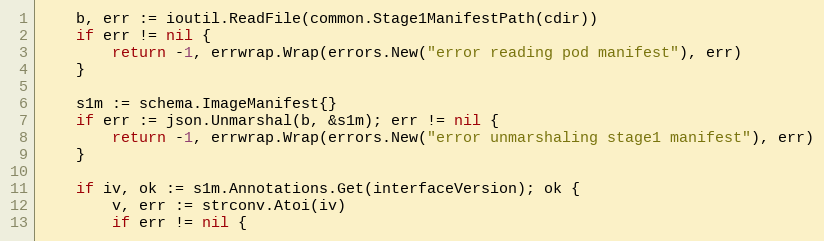
Language: Go
	b, err := ioutil.ReadFile(common.Stage1ManifestPath(cdir))
	if err != nil {
		return -1, errwrap.Wrap(errors.New("error reading pod manifest"), err)
	}

	s1m := schema.ImageManifest{}
	if err := json.Unmarshal(b, &s1m); err != nil {
		return -1, errwrap.Wrap(errors.New("error unmarshaling stage1 manifest"), err)
	}

	if iv, ok := s1m.Annotations.Get(interfaceVersion); ok {
		v, err := strconv.Atoi(iv)
		if err != nil {